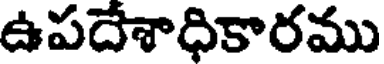
ఉపదేశాధికారము